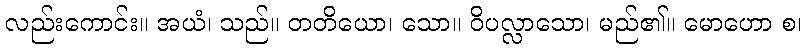
လည်းကောင်း။ အယံ၊ သည်။ တတိယော၊ သော။ ဝိပလ္လာသော၊ မည်၏။ မောဟော စ၊